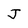
Character: J